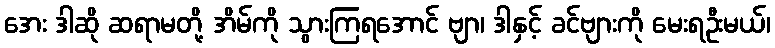
အေး ဒါဆို ဆရာမတို့ အိမ်ကို သွားကြရအောင် ဗျာ၊ ဒါနှင့် ခင်ဗျားကို မေးရဦးမယ်၊